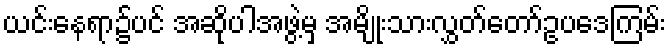
ယင်းနေရာ၌ပင် အဆိုပါအဖွဲ့မှ အမျိုးသားလွှတ်တော်ဥပဒေကြမ်း